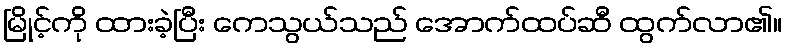
မြိုင့်ကို ထားခဲ့ပြီး ကေသွယ်သည် အောက်ထပ်ဆီ ထွက်လာ၏။